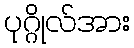
ပုဂ္ဂိုလ်အား